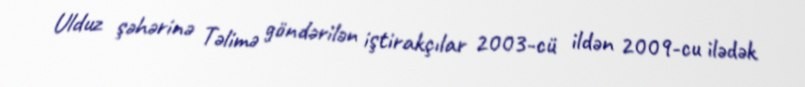
Ulduz şəhərinə Təlimə göndərilən iştirakçılar 2003-cü ildən 2009-cu ilədək